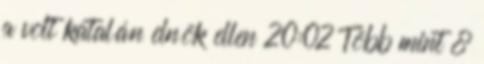
a volt katalán elnök ellen 20:02 Több mint 8